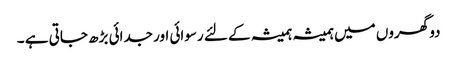
دو گھروں میں ہمیشہ ہمیشہ کے لئے رسوائی اور جدائی بڑھ جاتی ہے ۔